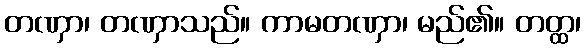
တဏှာ၊ တဏှာသည်။ ကာမတဏှာ၊ မည်၏။ တတ္ထ၊